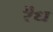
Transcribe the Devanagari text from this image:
रैध